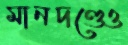
মানদণ্ডেও